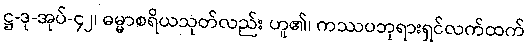
ဋ္ဌ-ဒု-အုပ်-၄၂၊ ဓမ္မာစရိယသုတ်လည်း ဟူ၏၊ ကဿပဘုရားရှင်လက်ထက်